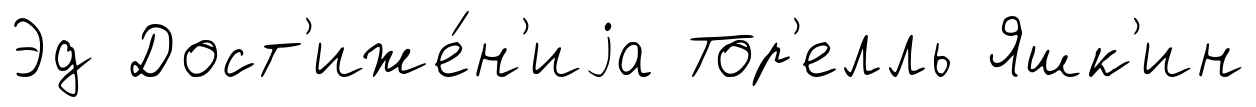
Эд Дост'иже́н'иjа Тор'елль Яшк'ин